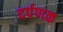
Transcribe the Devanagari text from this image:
दर्पणक